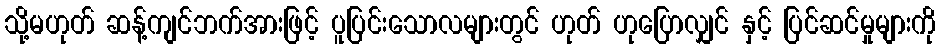
သို့မဟုတ် ဆန့်ကျင်ဘက်အားဖြင့် ပူပြင်းသောလများတွင် ဟုတ် ဟုပြောလျှင် နှင့် ပြင်ဆင်မှုများကို